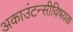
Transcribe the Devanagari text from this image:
अकाउंटन्सीविषयक